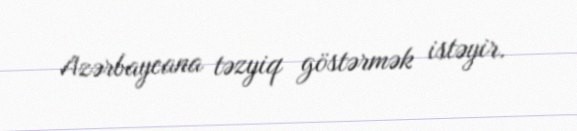
Azərbaycana təzyiq göstərmək istəyir.